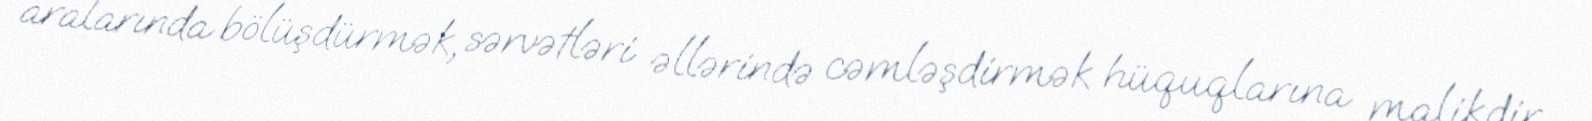
aralarında bölüşdürmək, sərvətləri əllərində cəmləşdirmək hüquqlarına malikdir.